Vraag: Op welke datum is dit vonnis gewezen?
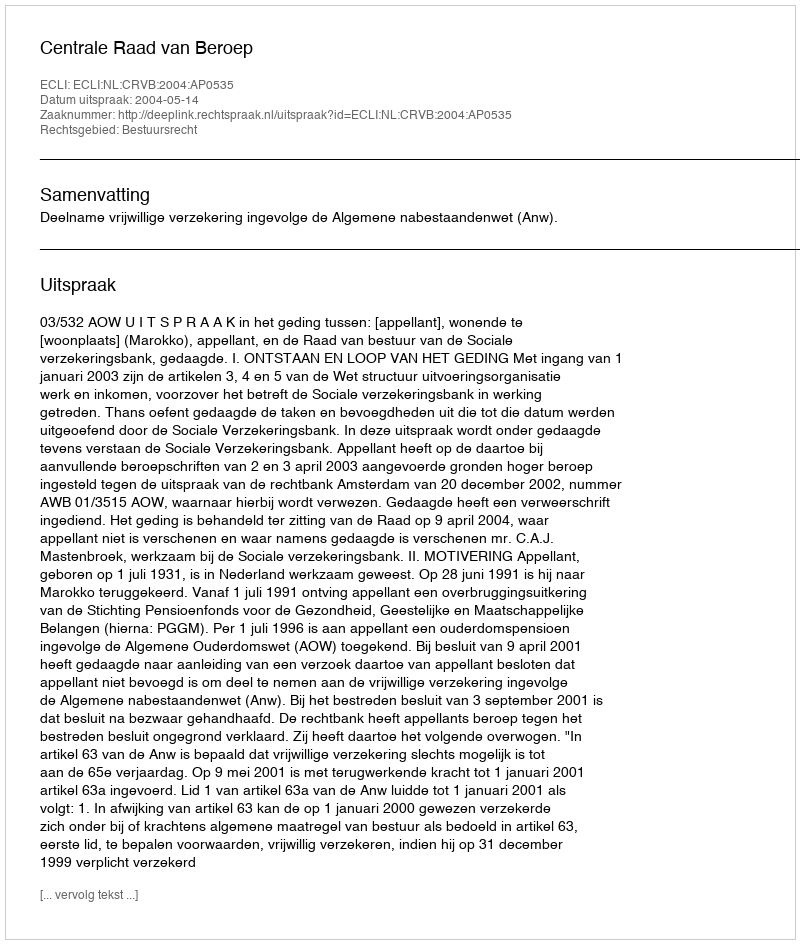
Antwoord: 2004-05-14